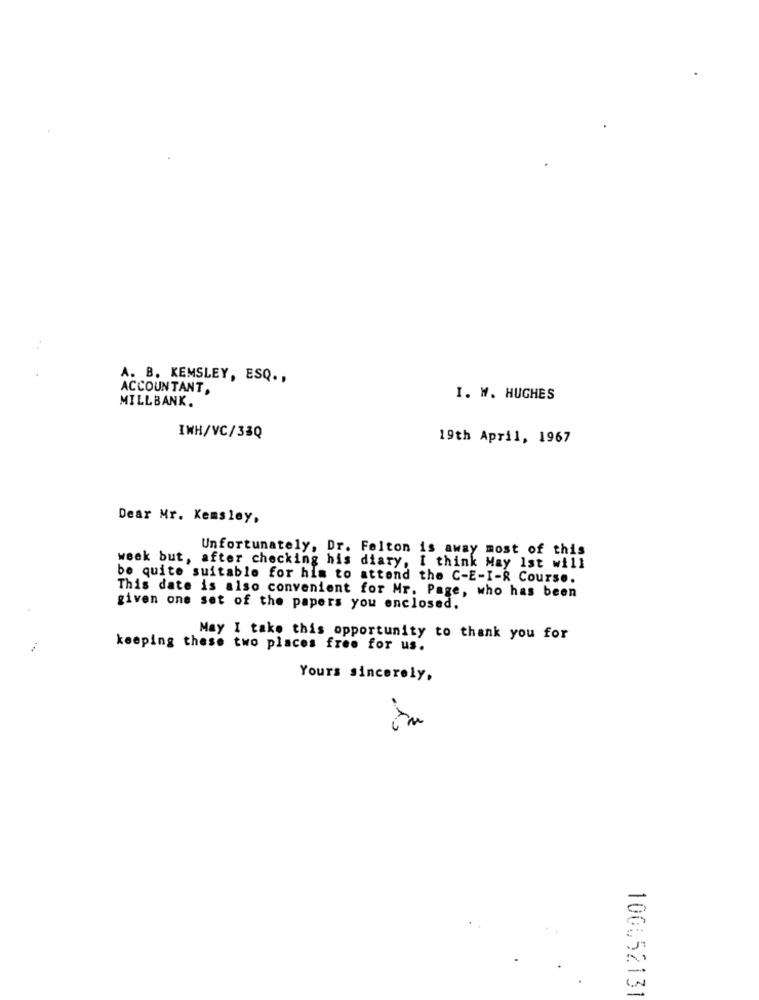
A. B. KEMSLEY, ESQ .,
ACCOUNTANT,
MILLBANK.
I. W. HUGHES
IWH/VC/33Q
19th April, 1967
Dear Mr. Kemsley,
Unfortunately, Dr. Felton is away most of this
week but, after checking his diary, I think May Ist will
be quite suitable for him to attend the C-E-I-R Course.
This date is also convenient for Mr. Page, who has been
given one set of the papers you enclosed.
May I take this opportunity to thank you for
keeping these two places free for us.
Yours sincerely,
in
100652131